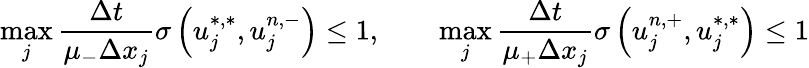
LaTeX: \operatorname*{max}_{j}\frac{\Delta t}{\mu_{-}\Delta x_{j}}\sigma\left(u_{j}^{\ast,\ast},u_{j}^{n,-}\right)\leq 1,\qquad\operatorname*{max}_{j}\frac{\Delta t}{\mu_{+}\Delta x_{j}}\sigma\left(u_{j}^{n,+},u_{j}^{\ast,\ast}\right)\leq 1